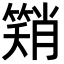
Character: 𮆂